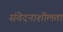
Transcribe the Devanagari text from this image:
संवेदनाशीलता